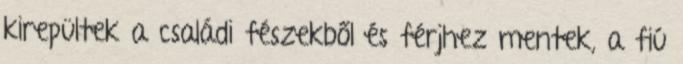
kirepültek a családi fészekből és férjhez mentek, a fiú